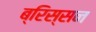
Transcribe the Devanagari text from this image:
ब्रिस्सन